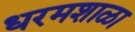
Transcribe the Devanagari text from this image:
धरमशाळा